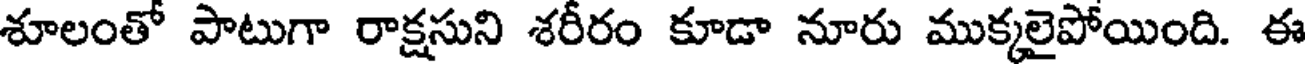
శూలంతో పాటుగా రాక్షసుని శరీరం కూడా నూరు ముక్కలైపోయింది. ఈ